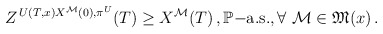
\begin{align*}Z^{\,U(T,x)X^{\mathcal{M}}(0),\pi^U}(T)\ge X^{\mathcal{M}}(T)\,,\mathbb{P}\mathrm{-a.s.}, \forall\ \mathcal{M} \in \mathfrak{M}(x)\,.\end{align*}